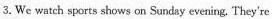
3. We watch sports shows on Sunday evening. They're